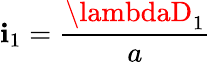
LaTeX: \mathbf{i}_{1}=\frac{{\lambdaD_{1}}}{{a}}